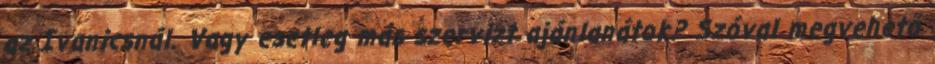
az Ivanicsnál. Vagy esetleg más szervizt ajánlanátok? Szóval megvehető